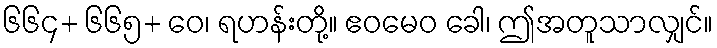
၆၆၄+ ၆၆၅+ ဝေ၊ ရဟန်းတို့။ ဧဝမေဝ ခေါ၊ ဤအတူသာလျှင်။